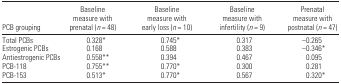
<table><thead><tr><td><b>PCB grouping</b></td><td><b>Baseline measure with prenatal (<i>n</i> = 48)</b></td><td><b>Baseline measure with early loss (<i>n</i> = 10)</b></td><td><b>Baseline measure with infertility (<i>n</i> = 9)</b></td><td><b>Prenatal measure with postnatal (<i>n</i> = 47)</b></td></tr></thead><tbody><tr><td>Total PCBs</td><td>0.328*</td><td>0.745*</td><td>0.317</td><td>−0.265</td></tr><tr><td>Estrogenic PCBs</td><td>0.168</td><td>0.588</td><td>0.383</td><td>−0.346*</td></tr><tr><td>Antiestrogenic PCBs</td><td>0.558**</td><td>0.394</td><td>0.467</td><td>0.095</td></tr><tr><td>PCB-118</td><td>0.755**</td><td>0.770*</td><td>0.300</td><td>0.281</td></tr><tr><td>PCB-153</td><td>0.513*</td><td>0.770*</td><td>0.567</td><td>0.320*</td></tr></tbody></table>